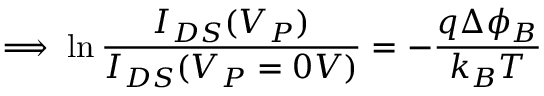
\implies \ln { \frac { I _ { D S } ( V _ { P } ) } { I _ { D S } ( V _ { P } = 0 V ) } = - \frac { q \Delta \phi _ { B } } { k _ { B } T } }